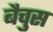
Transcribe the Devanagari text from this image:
बैचुस